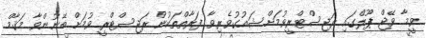
ވީމާ ވޭޖް ޕޫލްގައި ރަޖިސްޓްރީވުމަށް ޝައުގުވެރިވާ ފަރާތްތަކުން ރަޖިސްޓްރީ ވުމަށް ބޭނުންވާ މަޤާމް